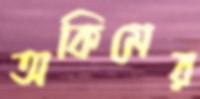
অকিমের